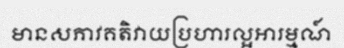
មានសភាវគតិវាយប្រហារល្អអារម្មណ៍